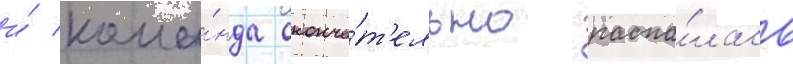
и́ кома́нда оконча́т'ельно распа́лась